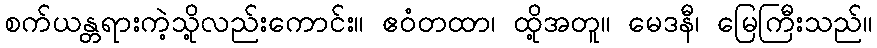
စက်ယန္တရားကဲ့သို့လည်းကောင်း။ ဧဝံတထာ၊ ထို့အတူ။ မေဒနီ၊ မြေကြီးသည်။